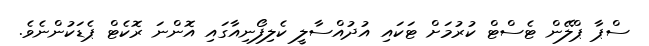
ސްޕާ ޕްލޭން ޓެސްޓް ކުރުމަށް ޓަކައި އުދުއްސާލީ ކެލިފޯނިއާގައި އޮންނަ ރޮކެޓް ޕެޑަކުންނެވެ.